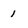
Character: 1